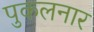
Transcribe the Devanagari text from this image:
पुकलनार